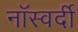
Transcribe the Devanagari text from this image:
नॉस्वर्दी